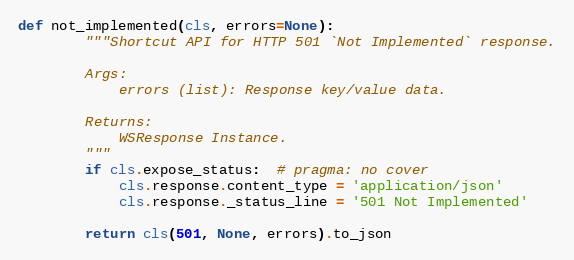
Language: Python
def not_implemented(cls, errors=None):
        """Shortcut API for HTTP 501 `Not Implemented` response.

        Args:
            errors (list): Response key/value data.

        Returns:
            WSResponse Instance.
        """
        if cls.expose_status:  # pragma: no cover
            cls.response.content_type = 'application/json'
            cls.response._status_line = '501 Not Implemented'

        return cls(501, None, errors).to_json